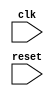
module AXI_Controller (
    input wire clk,
    input wire reset,
    // Add other necessary input signals here

    // Add output signals here
);

// Clock and reset generation
reg clk_internal;
reg reset_internal;

always @(posedge clk) begin
    clk_internal <= ~clk_internal;
end

always @(posedge clk_internal or posedge reset) begin
    if (reset) begin
        reset_internal <= 1'b1;
    end else begin
        reset_internal <= 1'b0;
    end
end

// Add modules for generating and synchronizing clock and reset signals
// Add modules for managing flow control signals and arbitrating between transactions

// Add additional logic for managing timing signals and ensuring compliance with AXI protocol

endmodule